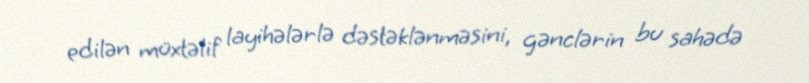
edilən müxtəlif layihələrlə dəstəklənməsini, gənclərin bu sahədə